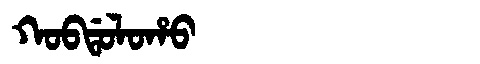
Manchu: ᡴᠣᠪᡩᠣᠯᠣᡥᠣ
Romanization: KOBDOLOHO